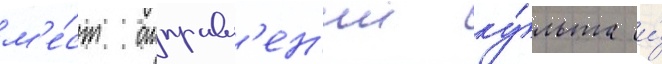
м'е́ст отправл'ен'ии ку́льта и́